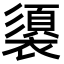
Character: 𮖶